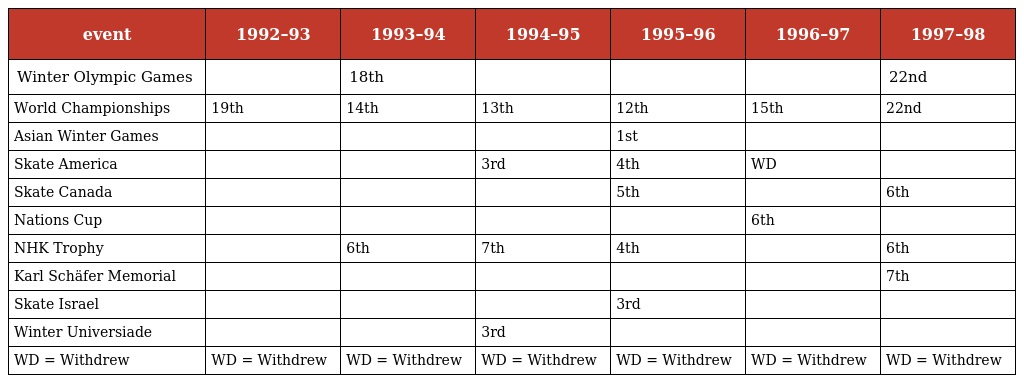
| event | 1992–93 | 1993–94 | 1994–95 | 1995–96 | 1996–97 | 1997–98 |
 | --- | --- | --- | --- | --- | --- | --- |
 | Winter Olympic Games |  | 18th |  |  |  | 22nd |
 | World Championships | 19th | 14th | 13th | 12th | 15th | 22nd |
 | Asian Winter Games |  |  |  | 1st |  |  |
 | Skate America |  |  | 3rd | 4th | WD |  |
 | Skate Canada |  |  |  | 5th |  | 6th |
 | Nations Cup |  |  |  |  | 6th |  |
 | NHK Trophy |  | 6th | 7th | 4th |  | 6th |
 | Karl Schäfer Memorial |  |  |  |  |  | 7th |
 | Skate Israel |  |  |  | 3rd |  |  |
 | Winter Universiade |  |  | 3rd |  |  |  |
 | WD = Withdrew | WD = Withdrew | WD = Withdrew | WD = Withdrew | WD = Withdrew | WD = Withdrew | WD = Withdrew |